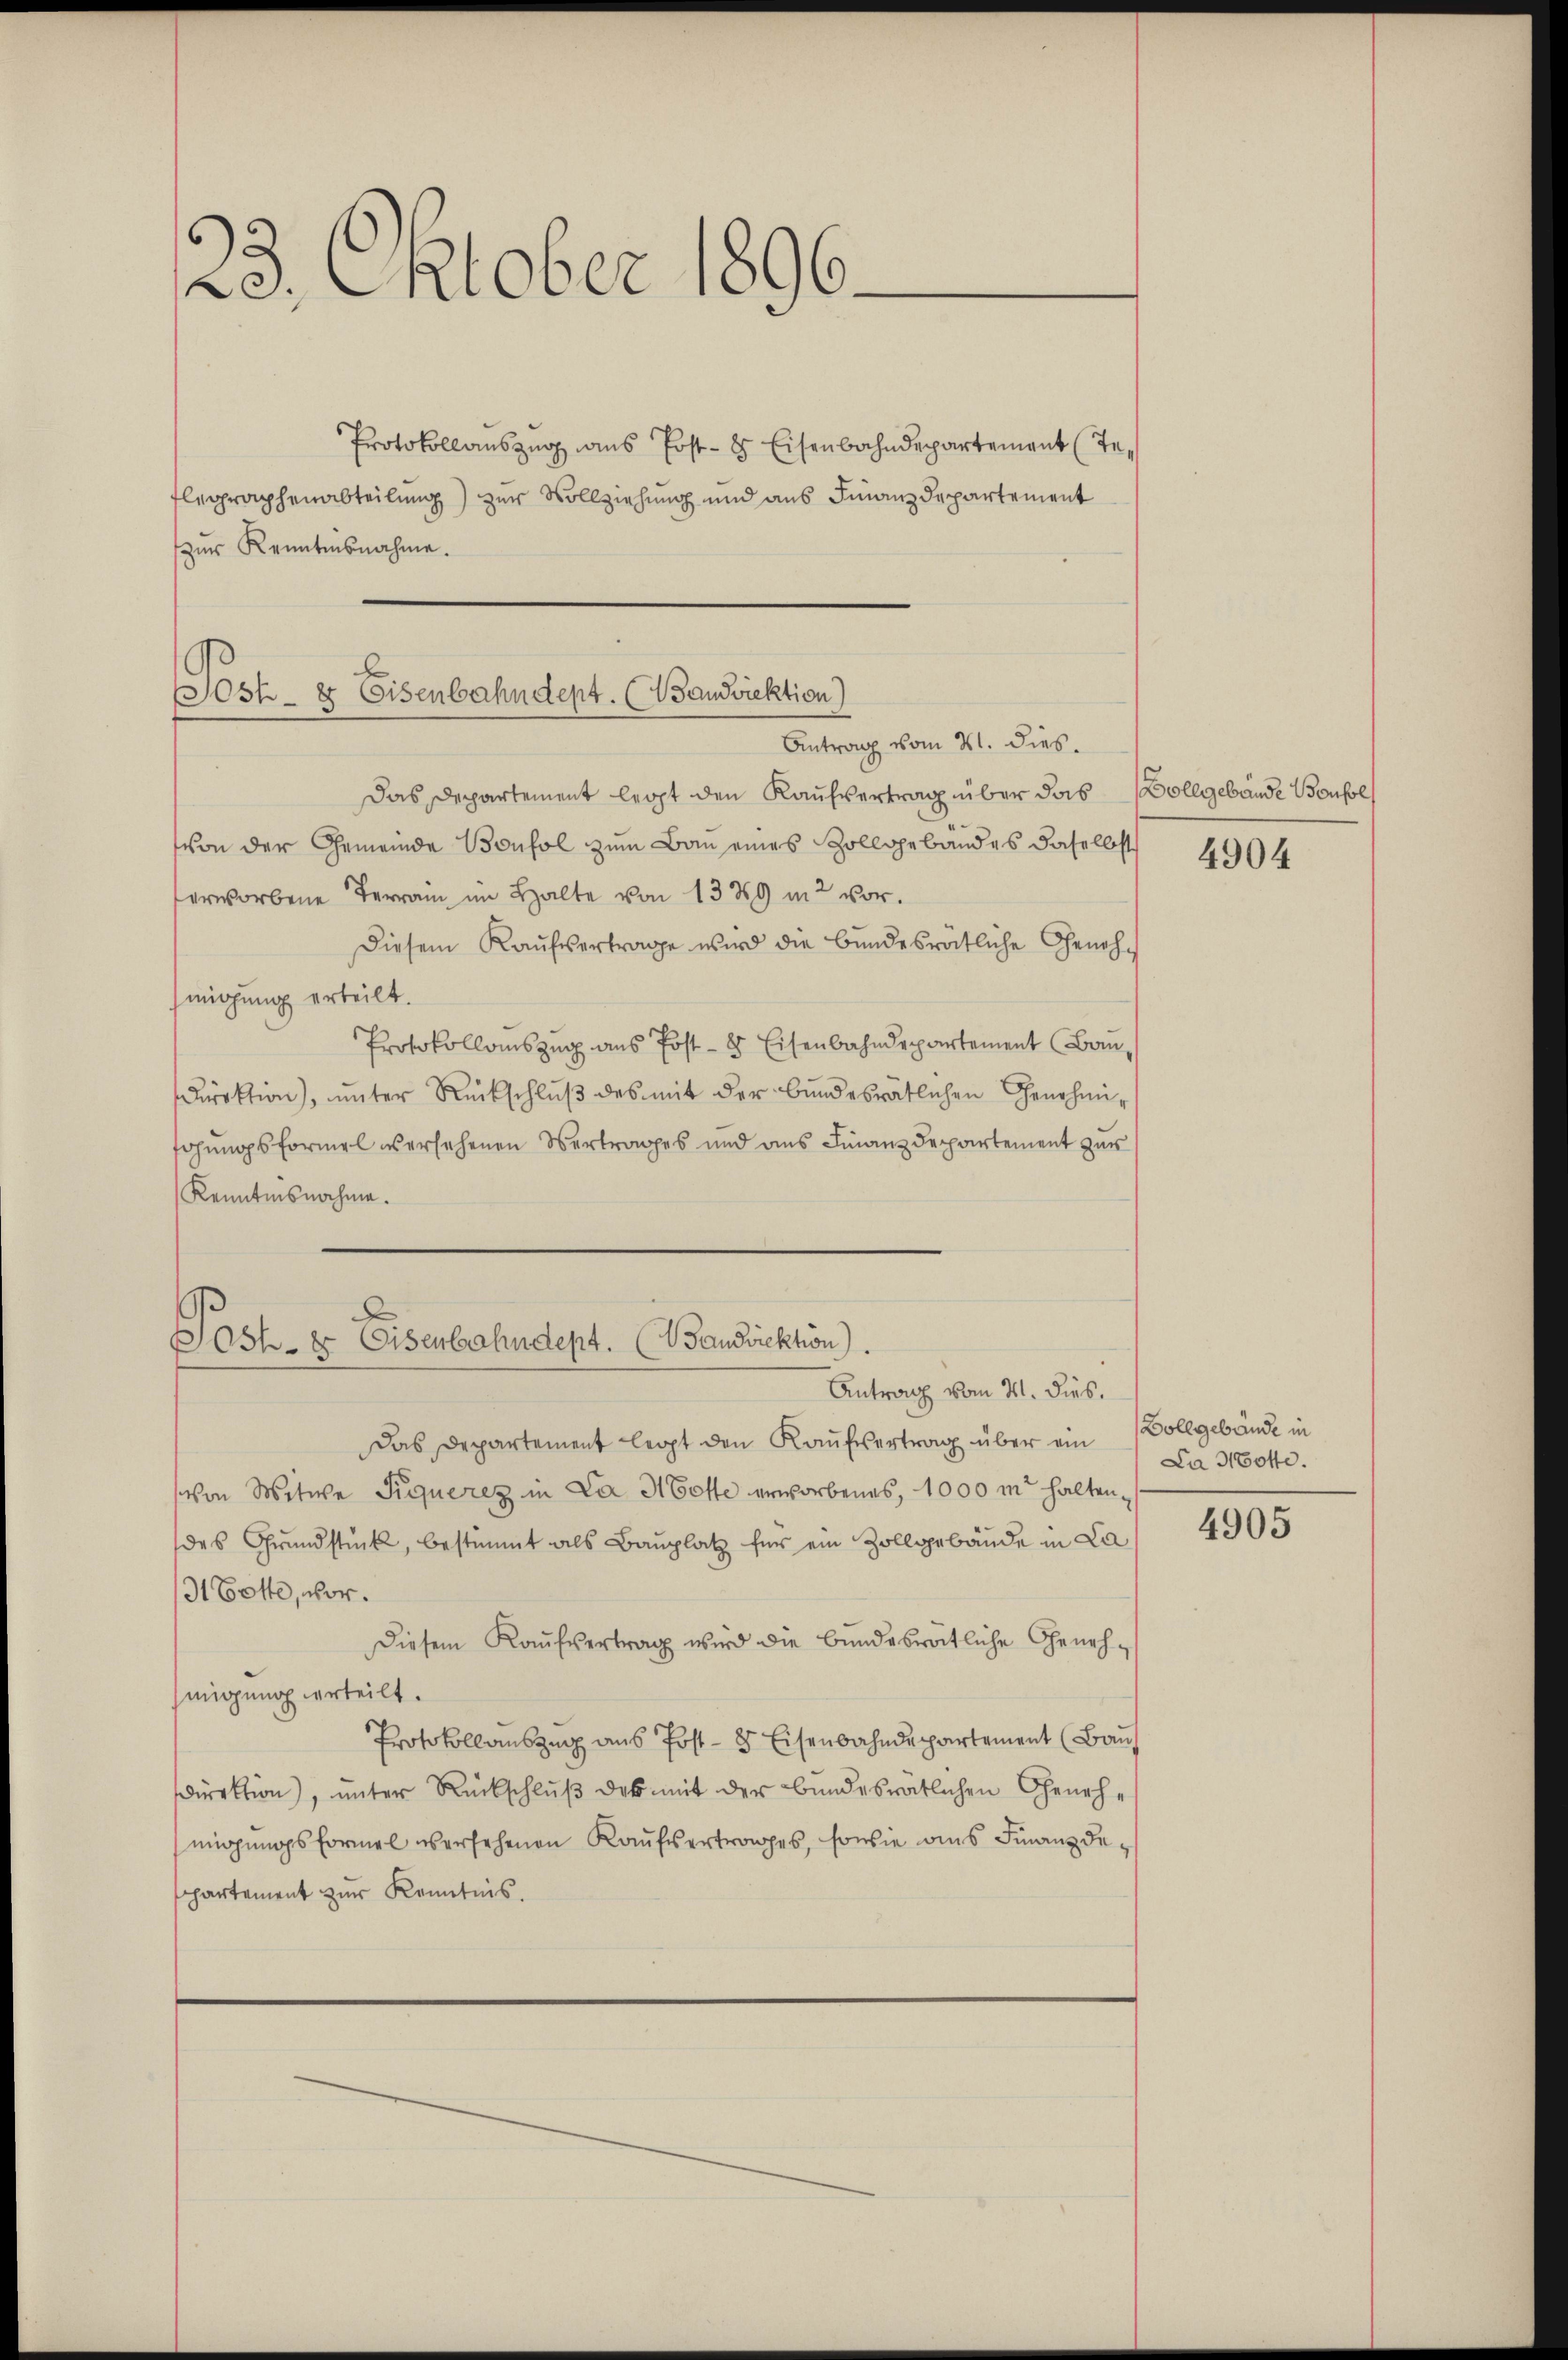
23. Oktober 1896.

Protokollauszug aus Post- & Eisenbahndepartement (Te¬
Flegraphenabteilung) zur Vollziehung und aus Finanzdepartement
zŭr Kenntnisnahme.

b
Sost- & Eisenbahndept. (Bandwiektion)
Antrag vom 21. dies

Das Departement legt den Kaufvertrag über das Vollgebäude Boufl
von der Gemeinde Bonfol zum Bau eines Zollgebäudes daselbst
erworbene Terra im Halte von 1329 in vor.
Diesem Kaŭfvertrage wird die bundesrätliche Genehmigung erteilt.
Protokollauszug aus Post- 8 Eisenbahndepartement Bau
direktion), ŭnter Rückschlŭβ des mit der bundesrätlichen Genehmi-
fohungsformel versehenen Vertrages und aus Finanzdepartement zur
Kenntnisnahme.

Das Departement legt den Kaufssertrag über ein
Von Mitwe Piquerez in La Hotte erworbenes, 1000 m halten,
des Grundstück, bestimmt als Bauplatz für ein Zollgebäude in La
31 Gotte, vor.
Diesem Kaŭfvertrag wird die bundesrätliche Genehmigung erteilt.
Protokollauszug aus Post- 8 Eisenbahndepartement (Bau
Direktion), unter Rückschluß des mit der bundesrätlichen Genehmigungsformel versehenen Kaufsertrages, sowie aus Finanz deppartement zur Kenntnis.

Post- & Eisenbahndept. Bandirektion)
Antrag vom 21. dies.

4904

Zollgebäude in
La Motte.

4905